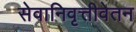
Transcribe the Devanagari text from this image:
सेवानिवृत्तीवेतन